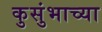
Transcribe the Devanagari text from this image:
कुसुंभाच्या